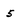
Character: 5